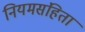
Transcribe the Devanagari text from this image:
नियमसंहिता